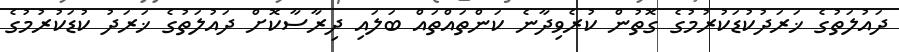
ދައުލަތުގެ ޚަރަދުކުޑަކުރުމުގެ ގޮތުން ކުރެވިދާނެ ކަންތައްތައް ބަލައި ދިރާސާކޮށް ދައުލަތުގެ ޚަރަދު ކުޑަކުރުމުގެ